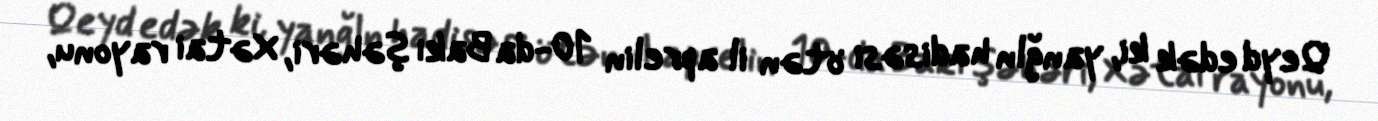
Qeyd edək ki, yanğln hadisəsi ötən il aprelin 10-da Bakı şəhəri, Xətai rayonu,